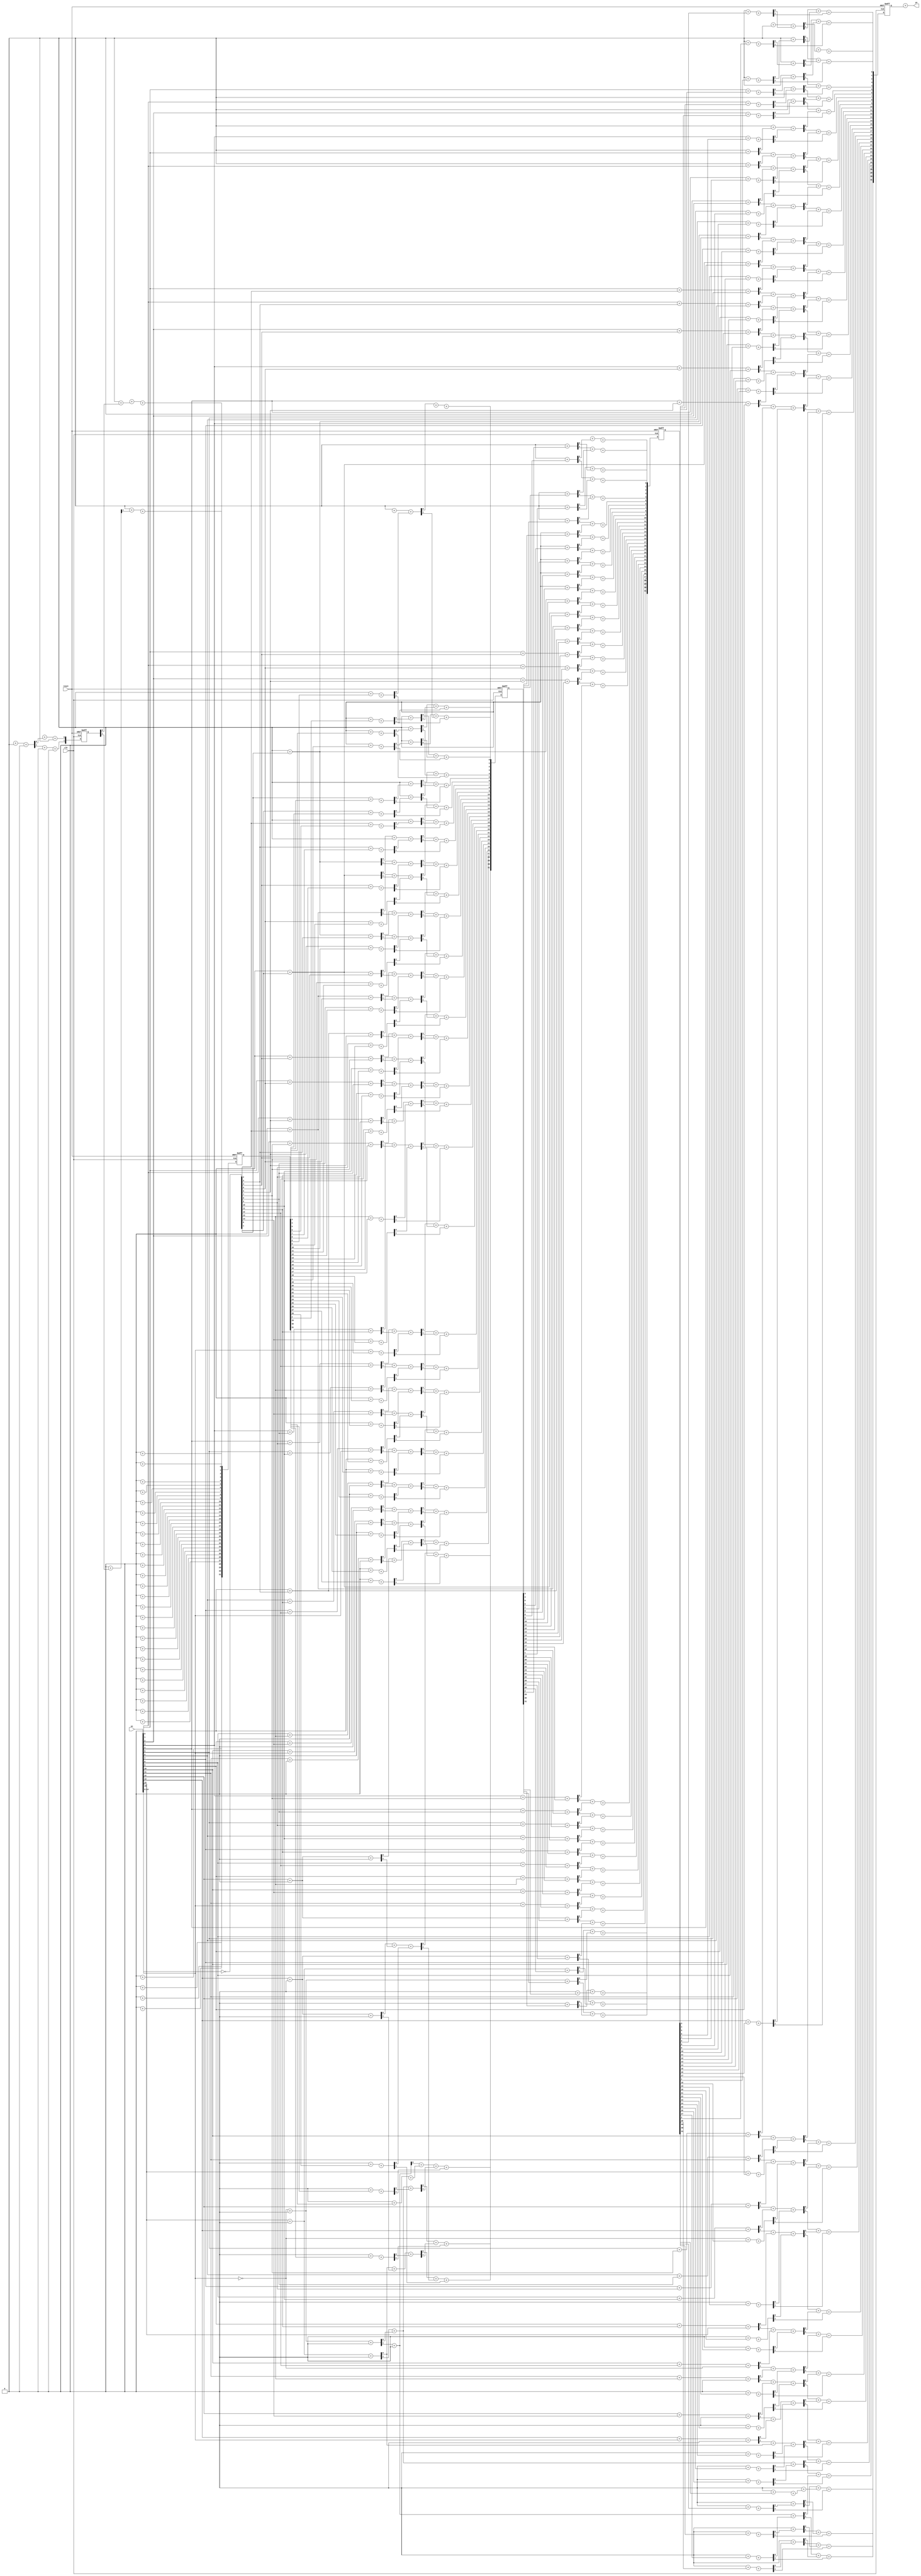
module fir_tdf(clk,reset,xn,yn);
input [15:0] xn;
input clk,reset;
output wire signed [31:0] yn;

reg signed [31:0] pp [0:15];
integer i;

reg signed [31:0] pp_0, pp_1, pp_2, pp_3, pp_4, pp_5,
pp_6, pp_7, pp_8, pp_9, pp_10, pp_11,
pp_12, pp_13, pp_14, pp_15;
reg signed [31:0] s0,s1,s2,s3,s4,s0_reg,s1_reg,s2_reg,s3_reg,s4_reg;
reg signed [32:0] c0,c1,c2,c3,c4,c0_reg,c1_reg,c2_reg,c3_reg,c4_reg;

always 
 	begin
	
	pp_0={5'b00000,~xn[15],xn[14:0],11'b0};
	pp_1={7'b0000000,xn[15],~xn[14:0],9'b0};
	pp_2={10'b0000000000,~xn[15],xn[14:0],6'b0};
	pp_3={13'b0,~xn[15],xn[14:0],3'b0};
	//
	pp_4={2'b00,~xn[15],xn[14:0],14'b0};
	pp_5={6'b0,xn[15],~xn[14:0],10'b0};
	//
	pp_6={1'b0,~xn[15],xn[14:0],15'b0};
	pp_7={6'b0,xn[15],~xn[14:0],10'b0};
	pp_8={9'b0,xn[15],~xn[14:0],7'b0};
	pp_9={12'b0,xn[15],~xn[14:0],4'b0};
	//
	
	pp_10={2'b0,~xn[15],xn[14:0], 14'b0};
	pp_11={6'b0,xn[15],~xn[14:0], 10'b0};
	// PPs for coefficient h4 with sign extension elimination
	pp_12={5'b0,~xn[15],xn[14:0],11'b0};
	pp_13={7'b0, xn[15],~xn[14:0],9'b0};
	pp_14={10'b0,~xn[15],xn[14:0],6'b0};
	pp_15={13'b0,~xn[15],xn[14:0],3'b0};
	end
reg signed [15:0] xn_reg;
reg signed[31:0] s00,s000,s10,s20,s200,s30,s40,s01,s21,s41;
reg signed[32:0] c00,c000,c10,c20,c200,c30,c40,c01,c21,c41;
reg signed [31:0] CV=32'b01101111011100000001000010010000;
// Add final partial sum and carry using CPA
assign yn=c0_reg+s0_reg;
always @(posedge clk or posedge reset)
	if(reset)
	begin
		xn_reg<=0;
		s0_reg<=0;
		s1_reg<=0;
		s2_reg<=0;
		s3_reg<=0;
		s4_reg<=0;
	end
	else
	begin
		xn_reg<=xn;
		s0_reg<=s0;
		s1_reg<=s1;
		s2_reg<=s2;
		s3_reg<=s3;
		s4_reg<=s4;
	end

always @*
	for(i=0;i<32;i=i+1)
		begin
		{c00[i+1],s00[i]}=pp_0[i]+pp_1[i]+pp_2[i];
		{c000[i+1],s000[i]}=pp_3[i]+s1_reg[i]+c1_reg[i];
		//
		{c10[i+1],s10[i]}=pp_4[i]+pp_5[i]+s2_reg[i];
		//
		{c20[i+1],s20[i]}=pp_6[i]+pp_7[i]+pp_8[i];
		{c200[i+1],s200[i]}=pp_9[i]+s3_reg[i]+c3_reg[i];
		//
		{c30[i+1],s30}=pp_10[i]+pp_11[i]+s4_reg[i];
		//
		{c40[i+1],s40[i]}=pp_13[i]+pp_14[i]+pp_15[i];
		//level 2
		{c01[i+1],s01[i]}=c00[i]+s00[i]+s000[i];
		//
		{c21[i+1],s21[i]}=s20[i]+c20[i]+s200[i];
		//
		{c41[i+1],s41[i]}=c40[i]+s40[i]+pp_12[i];
		//level3
		{c0[i+1],s0[i]}=c01[i]+s01[i]+c000[i];
		{c1[i+1],s1[i]}=c10[i]+s10[i]+c2_reg[i];
		{c2[i+1],s2[i]}=s21[i]+c21[i]+c200[i];
		{c3[i+1],s3[i]}=c30[i]+s30[i]+c4_reg[i];
		{c4[i+1],s4[i]}=c41[i]+s41[i]+CV;
		end
endmodule